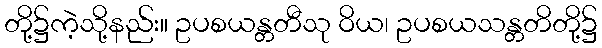
တို့၌ကဲ့သို့နည်း။ ဥပစယန္တတီသု ဝိယ၊ ဥပစယသန္တတိတို့၌